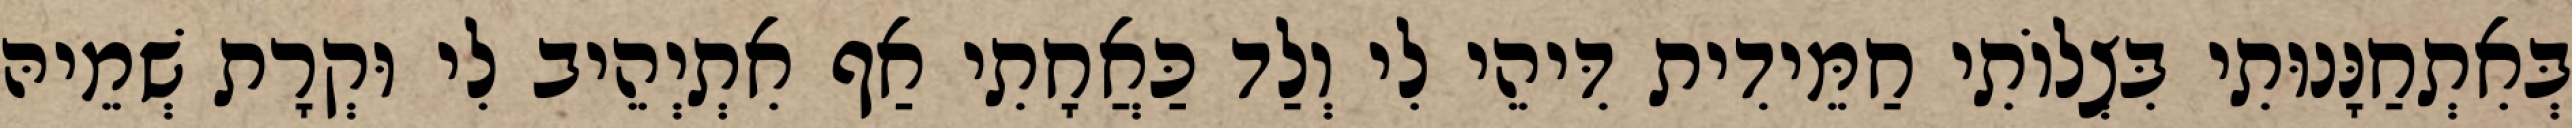
בְּאִתְחַנָּנוּתִי בִּצְלוֹתִי חַמֵּידִית דִּיהֵי לִי וְלַד כַּאֲחָתִי אַף אִתְיְהֵיב לִי וּקְרָת שְׁמֵיהּ